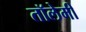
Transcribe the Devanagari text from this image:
तॉलेमी